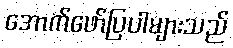
အောက်ဖော်ပြပါများသည်